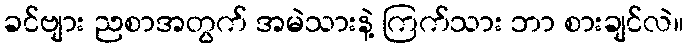
ခင်ဗျား ညစာအတွက် အမဲသားနဲ့ ကြက်သား ဘာ စားချင်လဲ။